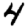
Digit: 4